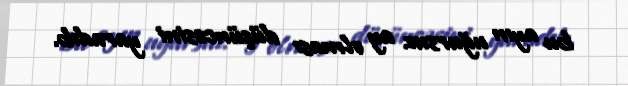
bu ayın uğursuz ay olması düşüncəsini yaradıb.